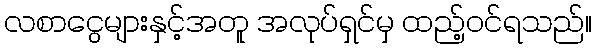
လစာငွေများနှင့်အတူ အလုပ်ရှင်မှ ထည့်ဝင်ရသည်။